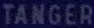
TANGER